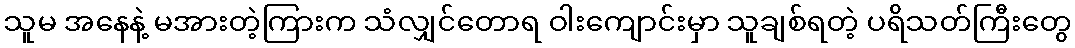
သူမ အနေနဲ့ မအားတဲ့ကြားက သံလျှင်တောရ ဝါးကျောင်းမှာ သူချစ်ရတဲ့ ပရိသတ်ကြီးတွေ